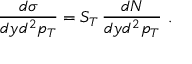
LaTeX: \frac { d \sigma } { d y d ^ { 2 } p _ { T } } = S _ { T } \, \frac { d N } { d y d ^ { 2 } p _ { T } } \ .